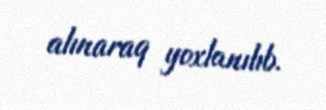
alınaraq yoxlanılıb.